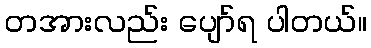
တအားလည်း ပျော်ရ ပါတယ်။